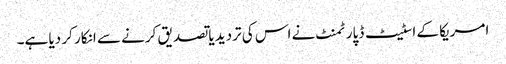
امریکا کے اسٹیٹ ڈپارٹمنٹ نے اس کی تردید یا تصدیق کرنے سے انکار کر دیا ہے۔